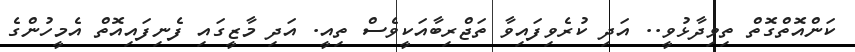
ކަންއޮތްގޮތް ތިވިދާޅުވީ.. އަދި ކުރެެވިފައިވާ ތަޖްރިބާއަކީވެސް ތިއީ. އަދި މާޒީގައި ފެނިފައިއޮތް އެމީހުންގެ